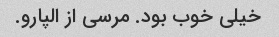
خیلی خوب بود. مرسی از الپارو.